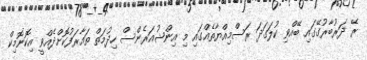
ރޭ ދަރުބާރުގޭގައި ބޭއްވި ކުލަގަދަ ރަސްމިއްޔާތެއްގައި މި އިންޝުއަރެންސް ހިދުމަތް ތައާރަފުކޮށްދެއްވީ އިކޮނޮމިކް